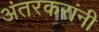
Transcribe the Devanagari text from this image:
अंतरकरांनी